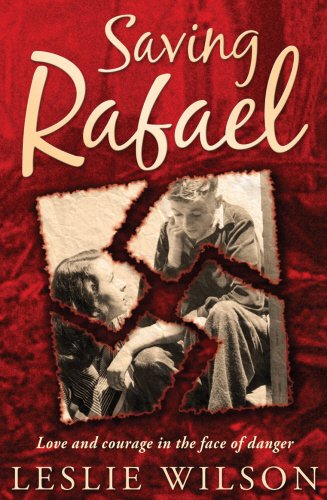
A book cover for Saving Rafael; Leslie Wilson; Teen & Young Adult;